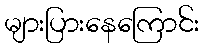
များပြားနေကြောင်း